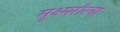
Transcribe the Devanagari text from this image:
सूक्ष्मरीत्या